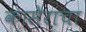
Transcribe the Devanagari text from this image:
कासेरांचा